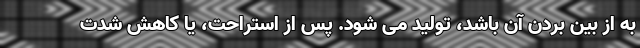
به از بین بردن آن باشد، تولید می شود. پس از استراحت، یا کاهش شدت